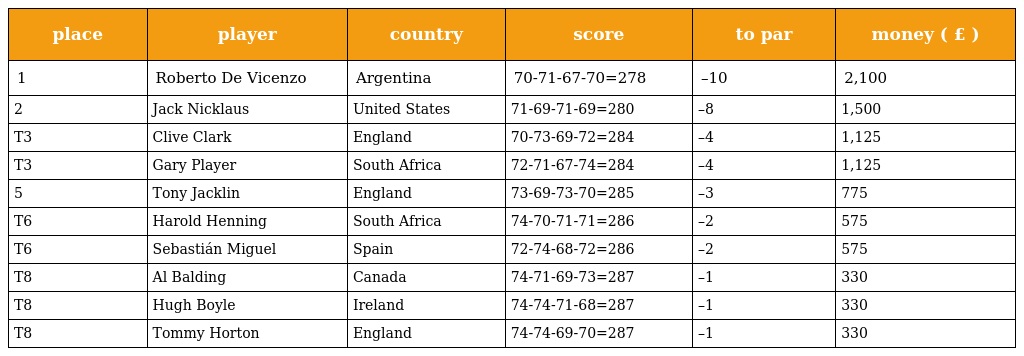
| place | player | country | score | to par | money ( £ ) |
 | --- | --- | --- | --- | --- | --- |
 | 1 | Roberto De Vicenzo | Argentina | 70-71-67-70=278 | –10 | 2,100 |
 | 2 | Jack Nicklaus | United States | 71-69-71-69=280 | –8 | 1,500 |
 | T3 | Clive Clark | England | 70-73-69-72=284 | –4 | 1,125 |
 | T3 | Gary Player | South Africa | 72-71-67-74=284 | –4 | 1,125 |
 | 5 | Tony Jacklin | England | 73-69-73-70=285 | –3 | 775 |
 | T6 | Harold Henning | South Africa | 74-70-71-71=286 | –2 | 575 |
 | T6 | Sebastián Miguel | Spain | 72-74-68-72=286 | –2 | 575 |
 | T8 | Al Balding | Canada | 74-71-69-73=287 | –1 | 330 |
 | T8 | Hugh Boyle | Ireland | 74-74-71-68=287 | –1 | 330 |
 | T8 | Tommy Horton | England | 74-74-69-70=287 | –1 | 330 |